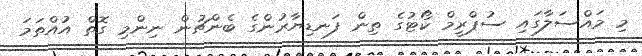
މި މައްސަލާގައި ސުޕްރީމް ކޯޓުގެ ތިން ފަނޑިޔާރުންގެ ބެންޗުން ނިންމި ގޮތް އުއްތަމަ